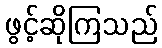
ဖွင့်ဆိုကြသည်